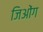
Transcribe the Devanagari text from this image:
जिओंग